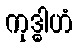
ကုဒ္ဓါဟံ